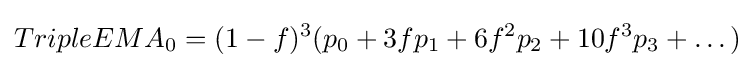
TripleEMA_{0}=(1-f)^{3}(p_{0}+3fp_{1}+6f^{2}p_{2}+10f^{3}p_{3}+\dots )